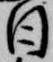
日